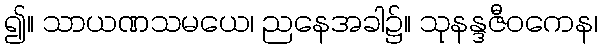
၍။ သာယဏသမယေ၊ ညနေအခါ၌။ သုနန္ဒဇီဝကေန၊